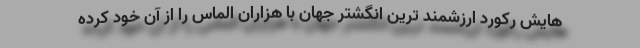
هایش رکورد ارزشمند ترین انگشتر جهان با هزاران الماس را از آن خود کرده